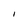
Character: I